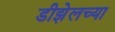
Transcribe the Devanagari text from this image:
डीझेलच्या